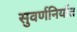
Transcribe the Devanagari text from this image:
सुवर्णनिर्यात